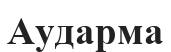
Аударма